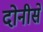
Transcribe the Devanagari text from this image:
दोनीसें